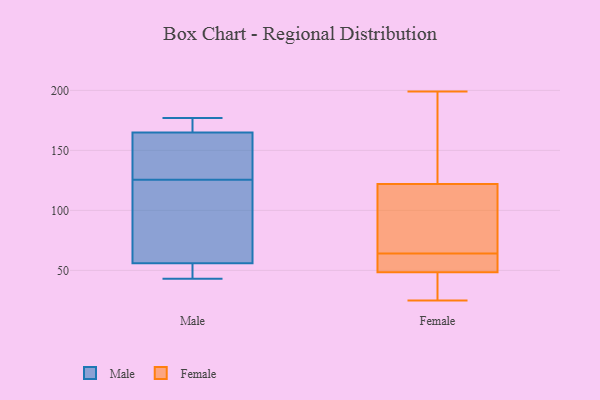
{"axis": {"x": "Market Share (%)", "y": "Value"}, "legend": ["Female", "Male"], "data": [{"x": "", "y": 125, "type": "Male"}, {"x": "", "y": 43, "type": "Male"}, {"x": "", "y": 172, "type": "Male"}, {"x": "", "y": 47, "type": "Male"}, {"x": "", "y": 56, "type": "Male"}, {"x": "", "y": 143, "type": "Male"}, {"x": "", "y": 165, "type": "Male"}, {"x": "", "y": 177, "type": "Male"}, {"x": "", "y": 126, "type": "Male"}, {"x": "", "y": 125, "type": "Male"}, {"x": "", "y": 174, "type": "Female"}, {"x": "", "y": 46, "type": "Female"}, {"x": "", "y": 41, "type": "Female"}, {"x": "", "y": 25, "type": "Female"}, {"x": "", "y": 63, "type": "Female"}, {"x": "", "y": 42, "type": "Female"}, {"x": "", "y": 51, "type": "Female"}, {"x": "", "y": 57, "type": "Female"}, {"x": "", "y": 199, "type": "Female"}, {"x": "", "y": 54, "type": "Female"}, {"x": "", "y": 118, "type": "Female"}, {"x": "", "y": 52, "type": "Female"}, {"x": "", "y": 41, "type": "Female"}, {"x": "", "y": 65, "type": "Female"}, {"x": "", "y": 104, "type": "Female"}, {"x": "", "y": 90, "type": "Female"}, {"x": "", "y": 190, "type": "Female"}, {"x": "", "y": 107, "type": "Female"}, {"x": "", "y": 142, "type": "Female"}, {"x": "", "y": 126, "type": "Female"}]}